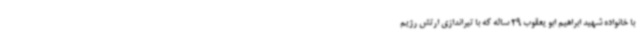
با خانواده شهید ابراهیم ابو یعقوب 29 ساله که با تیراندازی ارتش رژیم